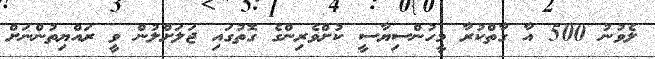
ލެވުނު 500 އާ ގާތްކުރާ މީހުންސިޔާސީ ކުށްވެރިންގެ ގޮތުގައި ޖަލަށްލުން ވީ ރައްޔިތުންނަށް